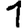
Digit: 1